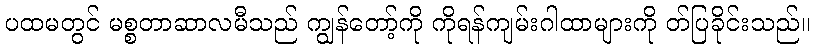
ပထမတွင် မစ္စတာဆာလမီသည် ကျွန်တော့်ကို ကိုရန်ကျမ်းဂါထာများကို တ်ပြခိုင်းသည်။